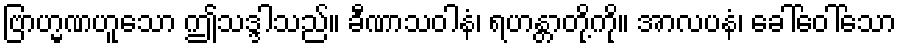
ဗြာဟ္မဏဟူသော ဤသဒ္ဒါသည်။ ခီဏာသဝါနံ၊ ရဟန္တာတို့ကို။ အာလပနံ၊ ခေါ်ဝေါ်သော